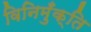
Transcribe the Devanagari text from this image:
विनिमुँक्ति